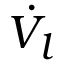
\dot { V _ { l } }